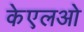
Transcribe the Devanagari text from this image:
केएलओ